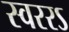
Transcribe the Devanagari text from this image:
स्वररऽ